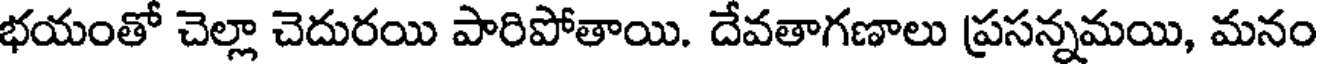
భయంతో చెల్లా చెదురయి పారిపోతాయి. దేవతాగణాలు ప్రసన్నమయి, మనం